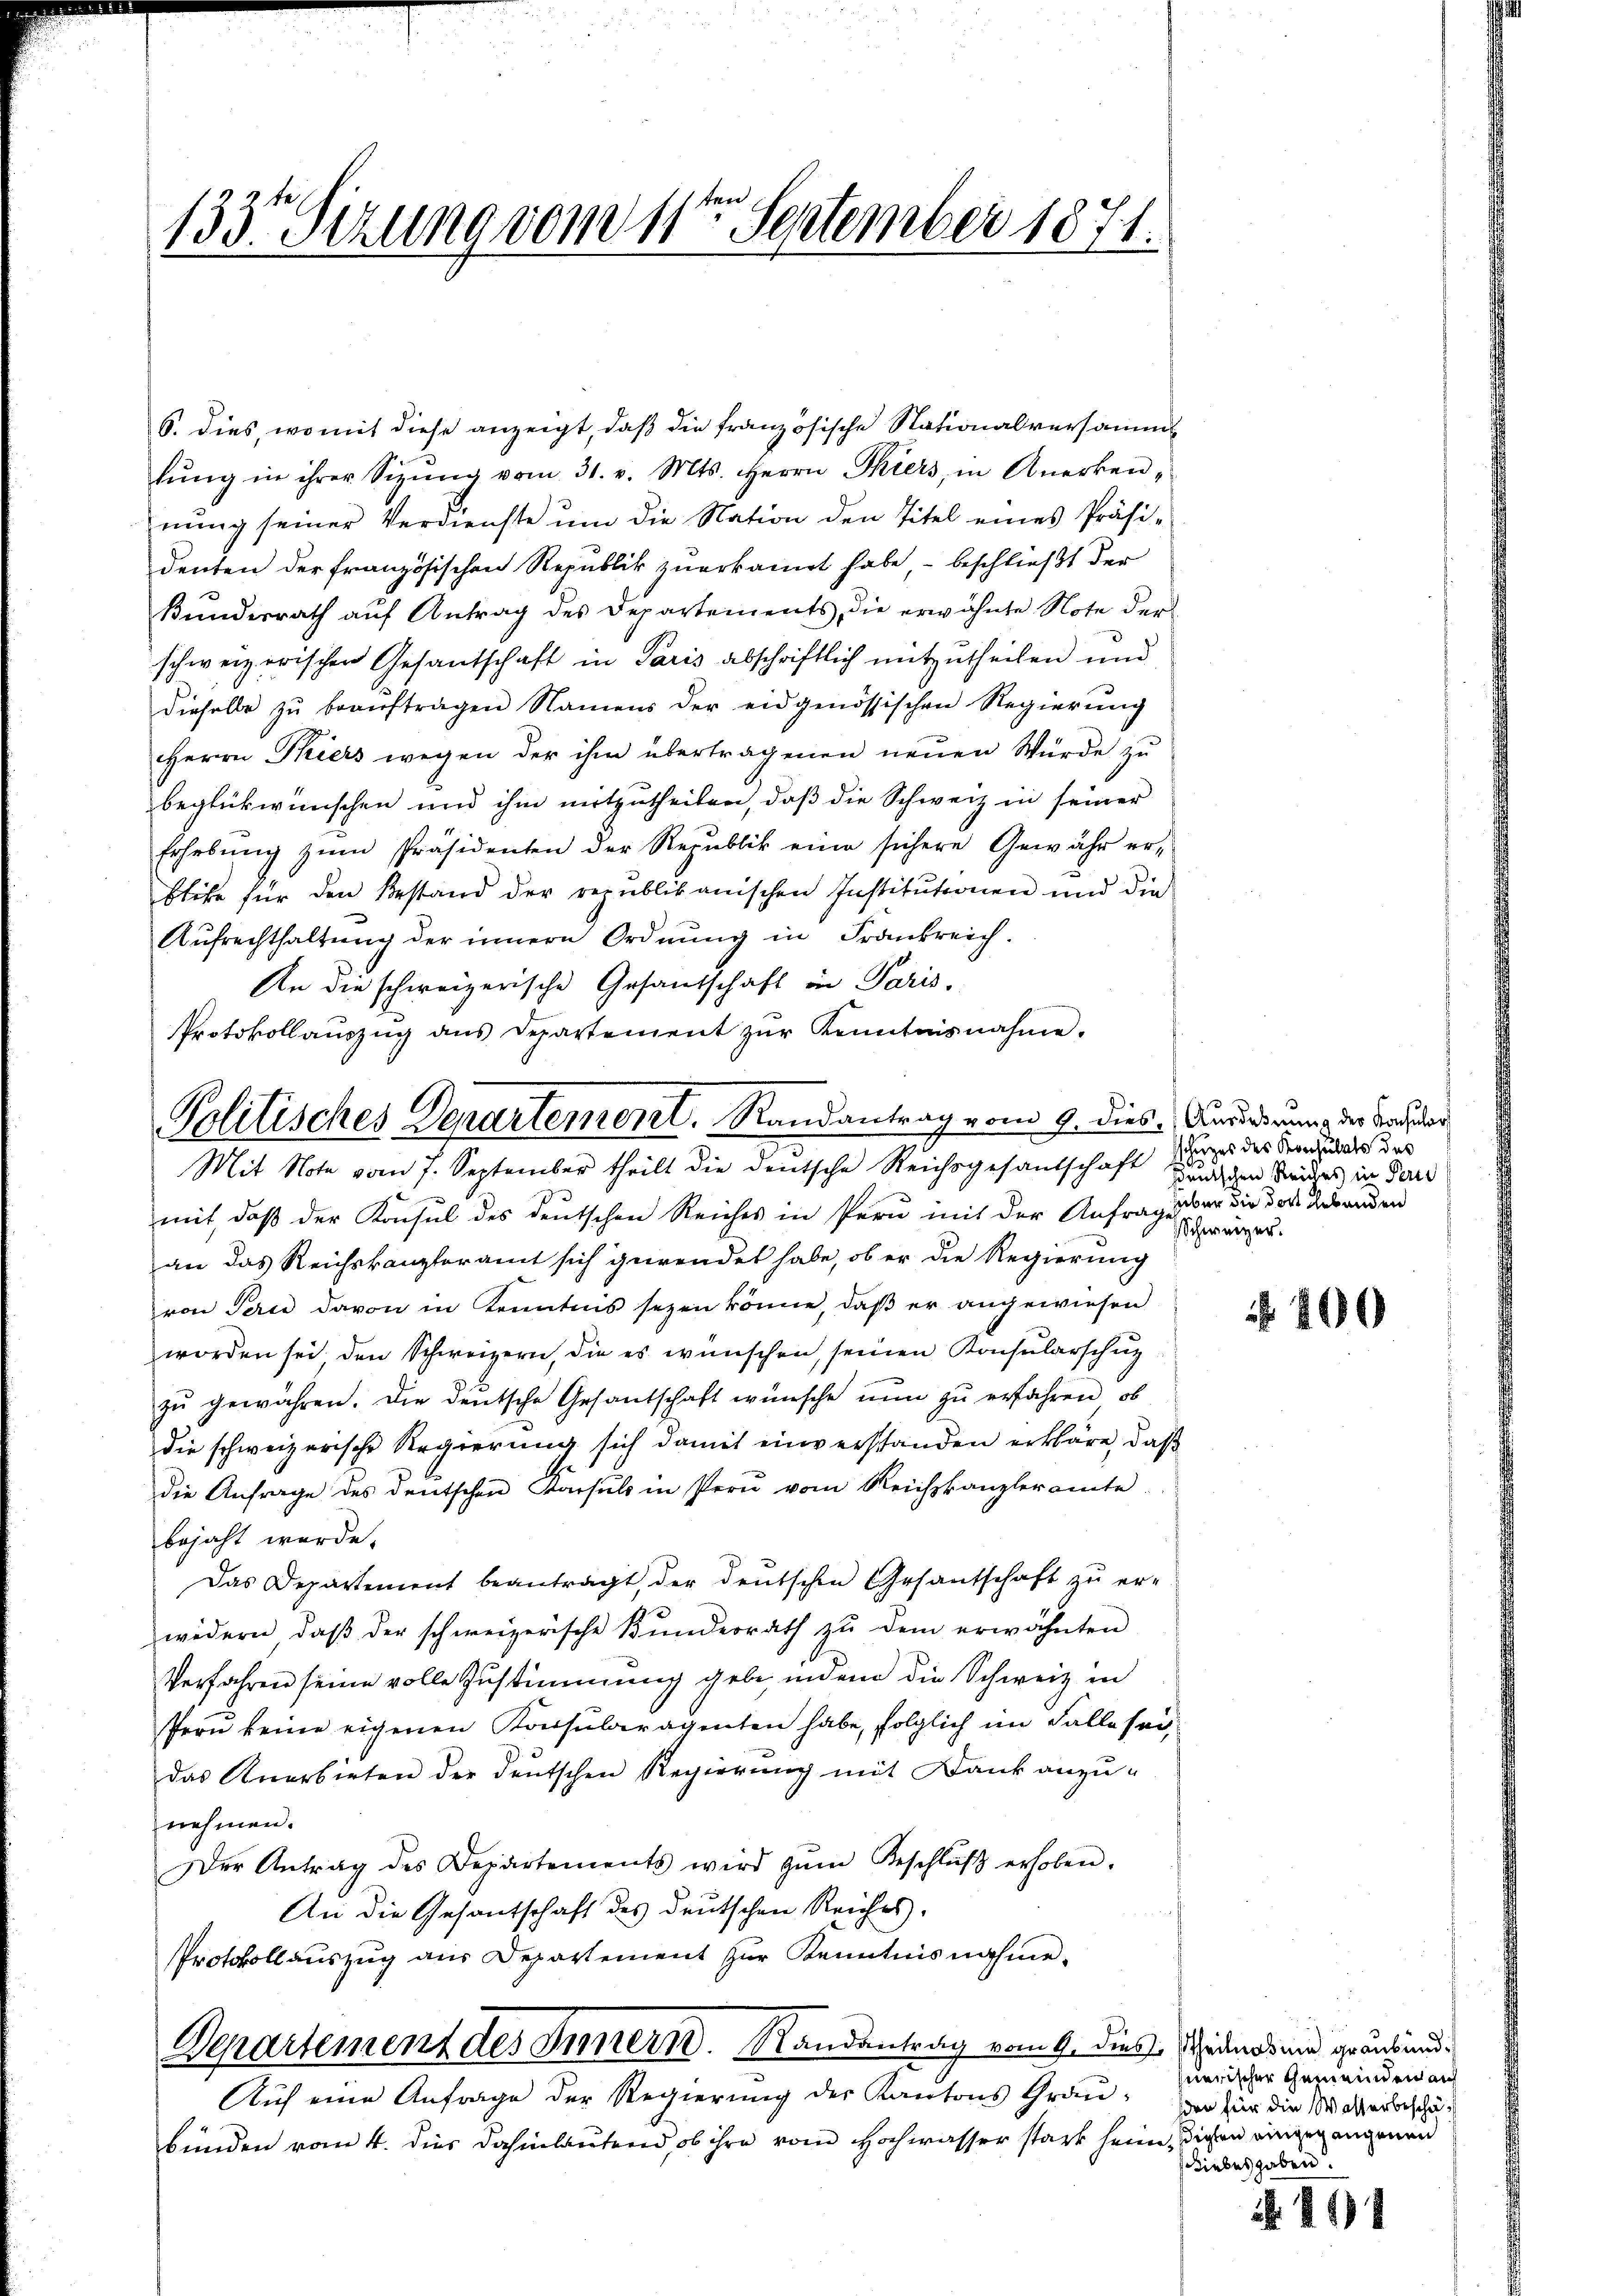
133te Sizung vom 11ten September 1871.

6. dies, womit diese anzeigt, daß die französische Nationalversammt
lŭng in ihrer Sizŭng vom 31. v. Mts. Herrn Thiers, in Anerken-
nung seiner Verdienste um die Nation den Titel eines Präsidenten der französischen Republik zuerkannt habe, – beschließt der
Bunderrath auf Antrag des Departements, die erwähnte Note der
schweizerischen Gesantschaft in Paris abschriftlich mitzutheilen und
dieselbe zŭ beaŭftragen Namens der eidgenössischen Regierŭng
Herrn Kiers wegen der ihm übertragenen neŭen Würde zu
beglückwünschen und ihm mitzutheilen, daß die Schweiz in seiner
Erhebŭng zŭm Präsidenten der Republik eine sichere Gewähr er-
btike für den Bestand der republikanischen Institutionen und die
Aufrechthaltung der innern Ordnung in Frankreich.
An die schweizerische Gesandschaft in Paris,
Protokollaŭszŭg ans Departement zŭr Kenntnisnahme.
Mit Note vom 7. September theilt die deutsche Reichsgesandschaft es des dass des
mit, daß der Konsul des deutschen Reiches in Pern mit der Anfrage der die des Lebenden
an das Reichskanzleramt sich gewendet habe, ob er die Regierung
von Perio davon in Kenntnis sezen könne, daß er angewiesen
worden sei den Schweizern, die es wünschen, seinen Konsularschutz
zŭ gewähren. Die deutsche Gesantschaft wünsche nun zu erfahren, ob
die schweizerische Regierung sich damit einverstanden erkläre, daß
die Anfrage des deutschen Parsuls in Pern vom Reichskanzleramte
bejaht werde.
Das Departement beanträgt, der deutschen Gesantschaft zu erwedern, daβ der schweizerische Bŭndesrath zŭ dem erwähnten
Verfahren seine volle Zŭstimmung gebe, indem die Schweiz in
Peru keine eigenen Konsularagenten habe, folglich im Falle sei,
das Anerbieten der deutschen Regierung mit Dank anzunehmen.
Der Antrag des Departements wird zŭm Beschlŭβ erhoben.
An die Gesantschaft des deutschen Reiches,
Protokollauszug aus Departement zur Kenntnisnahme
Departement des Innern. Randantrag vom 9. dies Grinos nie grausbund¬
Auf eine Anfrage der Regierung der Kantons Grau-
bünden vom 4. dies dahinlautend, ob ihre vom Hochwasser stark heim, diesen eingegangenen

Politisches Departemont. Randantrag vom 9. dies. Anordnung der Sacher

Deutschen Reiches in Peri
Schweizer.

800

suerischer Gemeinden auf
sden für die Wasserbeschä¬
Liebesgaben.